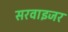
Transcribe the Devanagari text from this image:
सरवाइजर